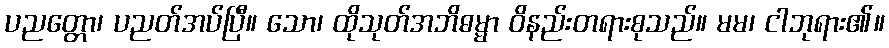
ပညတ္တော၊ ပညတ်အပ်ပြီ။ သော၊ ထိုသုတ်အဘိဓမ္မာ ဝိနည်းတရားစုသည်။ မမ၊ ငါဘုရား၏။